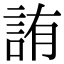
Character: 詴